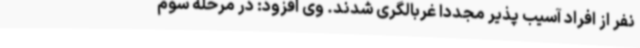
نفر از افراد آسیب پذیر مجددا غربالگری شدند. وی افزود: در مرحله سوم